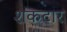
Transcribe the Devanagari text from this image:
शकटार